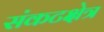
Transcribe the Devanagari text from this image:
संकटक्षेत्र